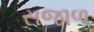
સજાળ